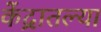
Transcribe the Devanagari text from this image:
केंद्रातल्या